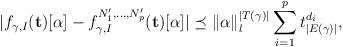
LaTeX: \begin{align*} |f_{\gamma, I}(\mathbf{t})[\alpha] - f^{N_1', \dots, N_p'}_{\gamma, I}(\mathbf{t})[\alpha]| \preceq \|\alpha\|_l^{|T(\gamma)|} \sum_{i = 1}^p t_{|E(\gamma)|}^{d_i}, \end{align*}